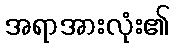
အရာအားလုံး၏